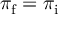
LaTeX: \pi _ { \mathrm { f } } = \pi _ { \mathrm { i } }